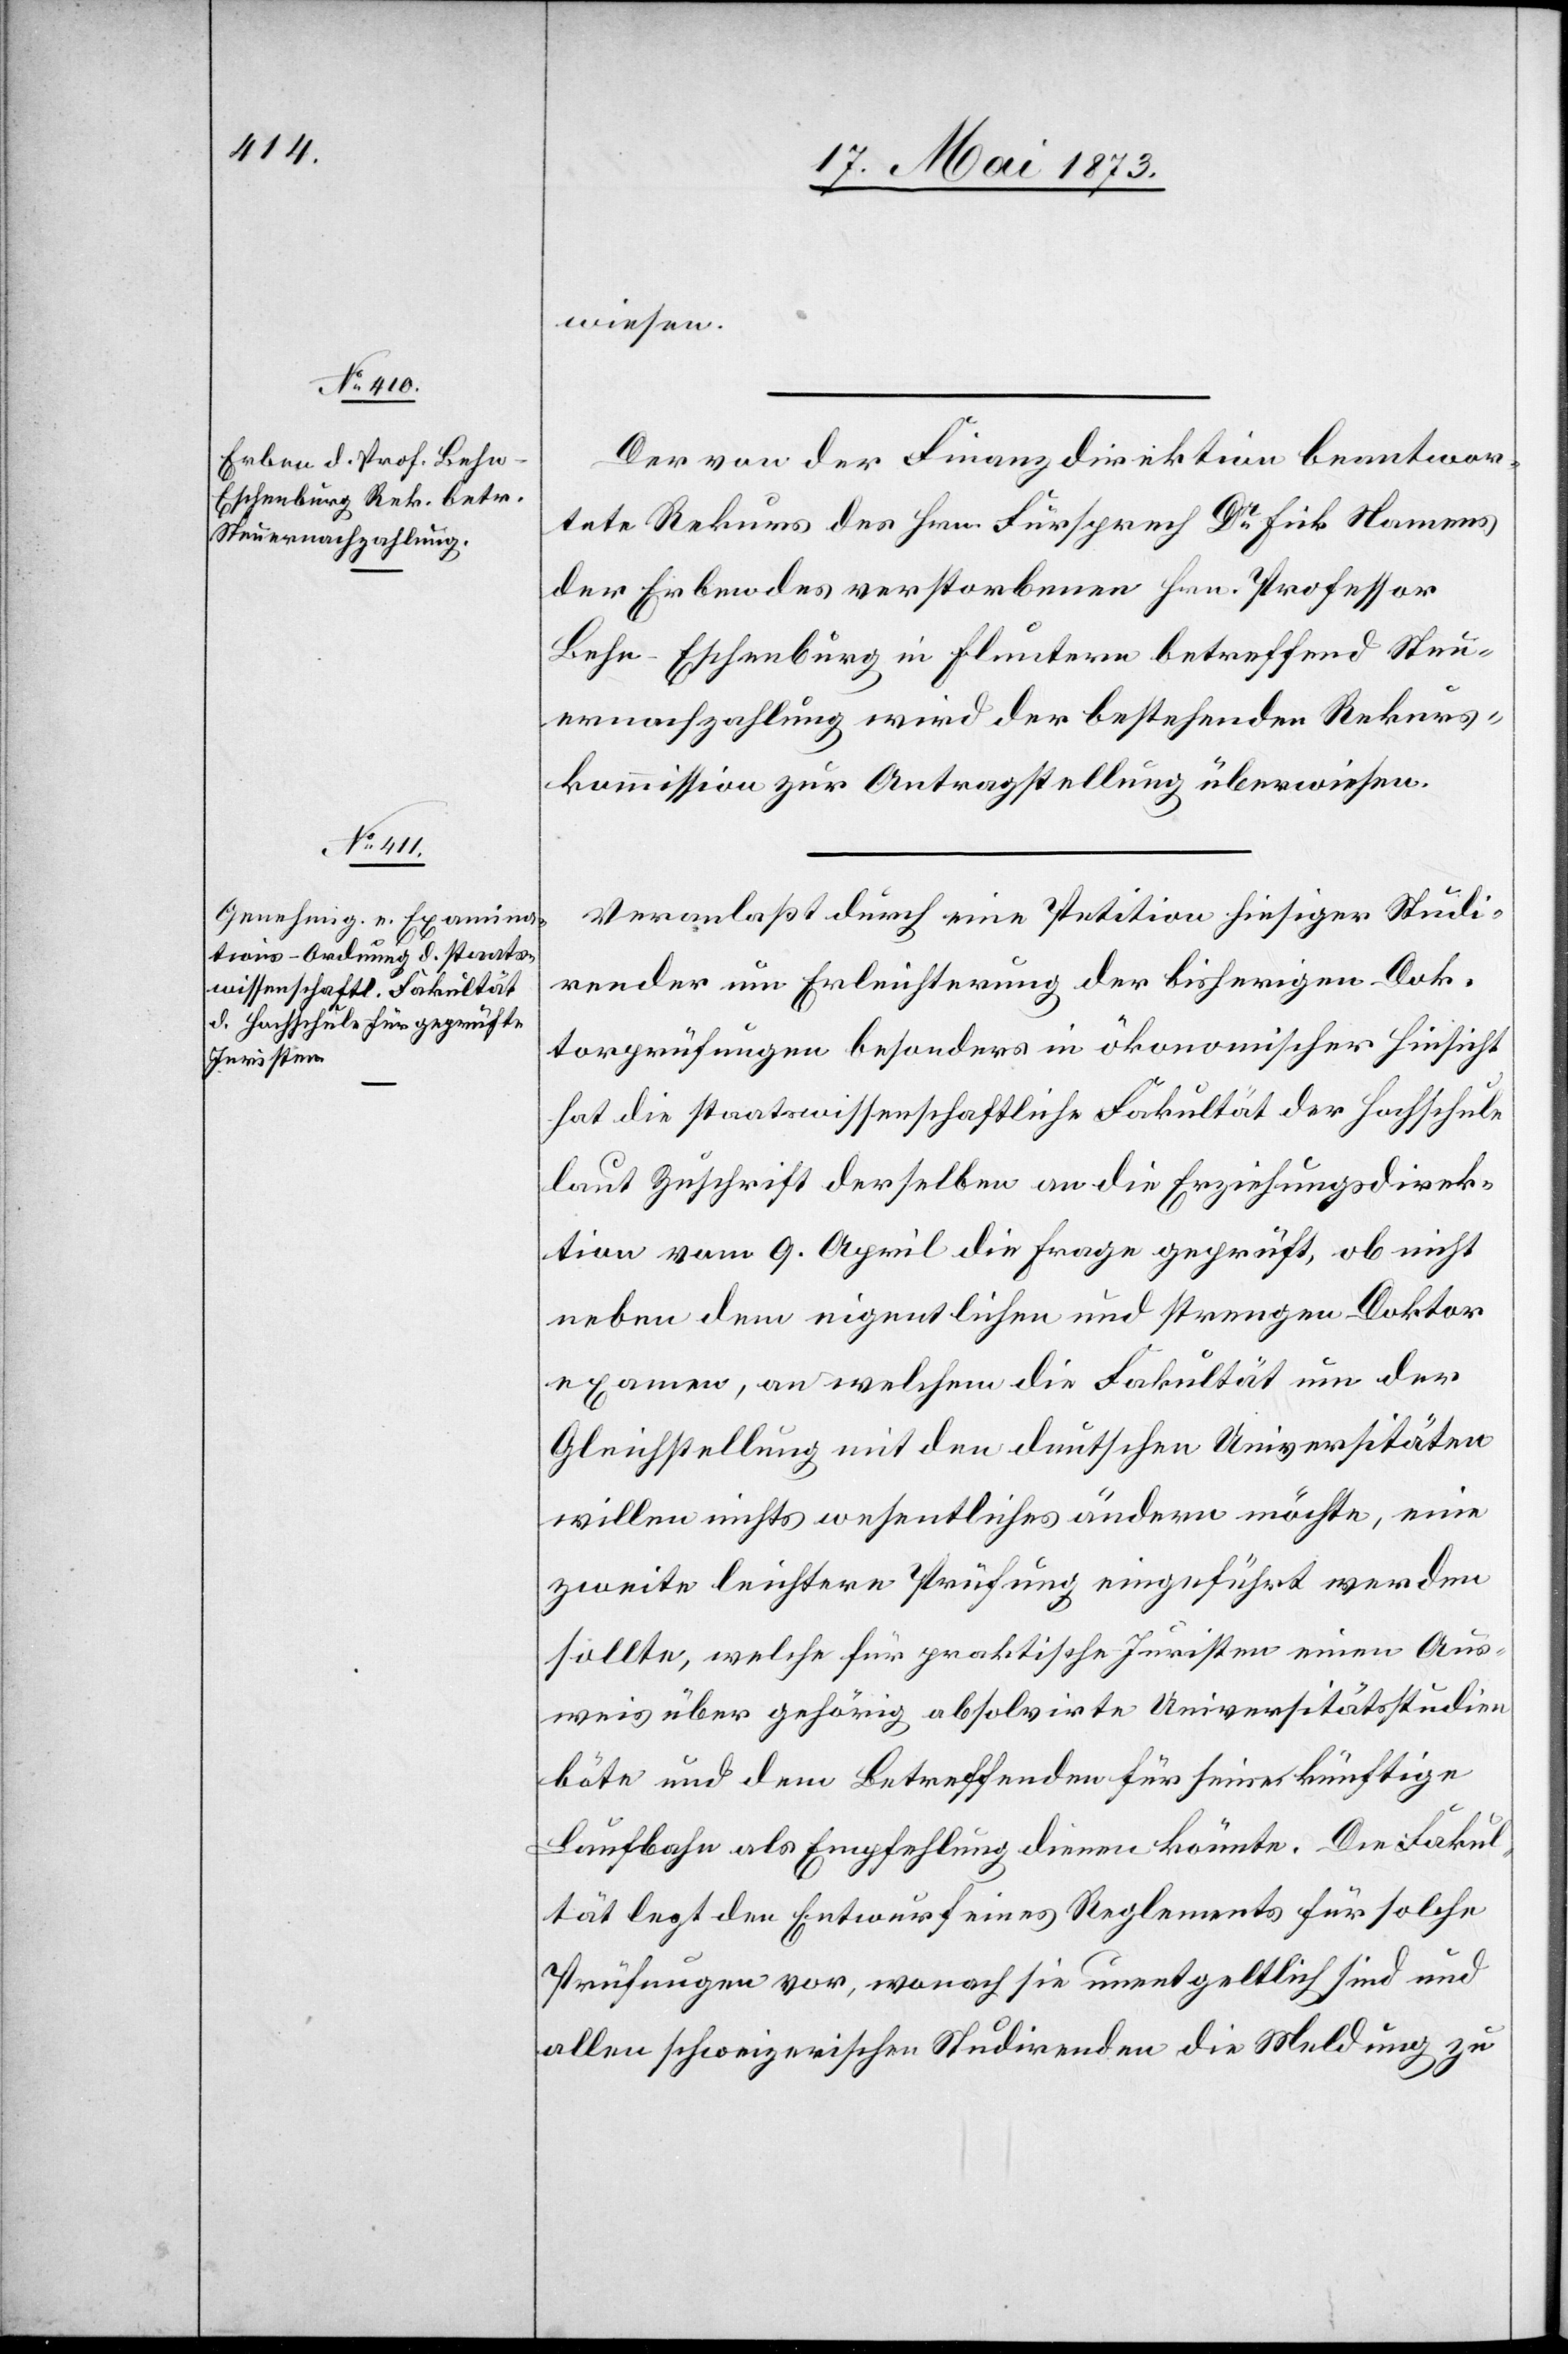
wiesen.
Der von der Finanzdirektion beantwor¬
tete Rekurs des Hrn. Fürsprech Dr Fick Namens
der Erben des verstorbenen Hrn. Professor
Behn-Eschenburg in Fluntern betreffend Steu¬
ernachzahlung wird der bestehenden Rekurs¬
kommission zur Antragstellung überwiesen.
Veranlaßt durch eine Petition hiesiger Studi¬
render um Erleichterung der bisherigen Dok¬
torprüfungen besonders in ökonomischer Hinsicht
hat die staatswissenschaftliche Fakultät der Hochschule
laut Zuschrift derselben an die Erziehungsdirek¬
tion vom 9. April die Frage geprüft, ob nicht
neben dem eigentlichen und strengen Doktor¬
examen, an welchem die Fakultät um der
Gleichstellung mit den deutschen Universitäten
willen nichts wesentliches ändern möchte, eine
zweite leichtere Prüfung eingeführt werden
sollte, welche für praktische Juristen einen Aus¬
weis über gehörig absolvirte Universitätsstudien
böte und dem Betreffenden für seine künftige
Laufbahn als Empfehlung dienen könnte. Die Fakul¬
tät legt den Entwurf eines Reglement für solche
Prüfungen vor, wonach sie unentgeltlich sind und
allen schweizerischen Studirenden die Meldung zu